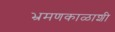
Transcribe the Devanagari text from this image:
भ्रमणकाळाशी